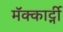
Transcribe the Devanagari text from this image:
मॅक्कार्ट्नी